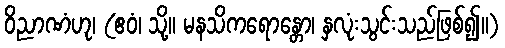
ဝိညာဏံဟု၊ (ဧဝံ၊ သို့။ မနသိကရောန္တော၊ နှလုံးသွင်းသည်ဖြစ်၍။)